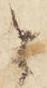
と